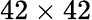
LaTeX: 42\times 42